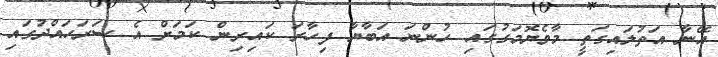
އޭނާ އަތުލައިގަތީ މާވެޔޮމަގުގައި ހުންނަ އަބާޔާ ފިހާރަ ކައިރިން ކަމަށް އެ ސަރަހައްދުގައި